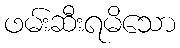
ဖမ်းဆီးရမိသော